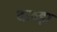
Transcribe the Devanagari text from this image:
दाव्ड़ा